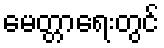
မေတ္တာရေးတွင်